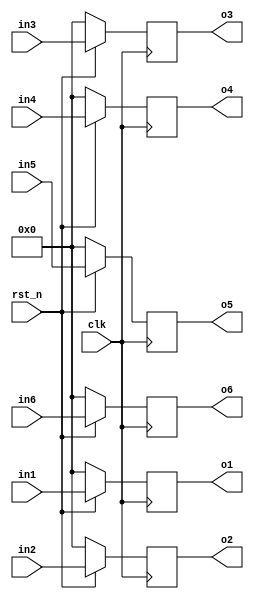
`timescale 1ns / 1ps
//////////////////////////////////////////////////////////////////////////////////
//                                                                              //
//                                                                              //
//          msq@qq.com                                                          //
//          ALINX(shanghai) Technology Co.,Ltd                                  //
//          heijin                                                              //
//     WEB: http://www.alinx.cn/                                                //
//     BBS: http://www.heijin.org/                                              //
//                                                                              //
//////////////////////////////////////////////////////////////////////////////////
//                                                                              //
// Copyright (c) 2017,ALINX(shanghai) Technology Co.,Ltd                        //
//                    All rights reserved                                       //
//                                                                              //
// This source file may be used and distributed without restriction provided    //
// that this copyright statement is not removed from the file and that any      //
// derivative work contains the original copyright notice and the associated    //
// disclaimer.                                                                  //
//                                                                              //
//////////////////////////////////////////////////////////////////////////////////

//==========================================================================
//  Revision History:
//  Date          By            Revision    Change Description
//--------------------------------------------------------------------------
//  2017/6/19     meisq         1.0         Original
//*************************************************************************/

module DTrig(
                 input          clk,
                 input          rst_n,
				 input [6:0]    in1,
				 input [6:0]    in2,
				 input [6:0]    in3,
				 input [6:0]    in4,
				 input [6:0]    in5,
				 input [6:0]    in6,
                 output reg[6:0]o1,
                 output reg[6:0]o2,
				 output reg[6:0]o3,
				 output reg[6:0]o4,
				 output reg[6:0]o5,
				 output reg[6:0]o6
                );
always@(posedge clk) 
begin
    if(rst_n==0)
    begin
        o1 <= 7'd0;
        o2 <= 7'd0;
		o3 <= 7'd0;
		o4 <= 7'd0;
		o5 <= 7'd0;
		o6 <= 7'd0;
    end
    else
    begin
        o1 <= in1;
        o2 <= in2;
		o3 <= in3;
		o4 <= in4;
		o5 <= in5;
		o6 <= in6;
    end
end

endmodule